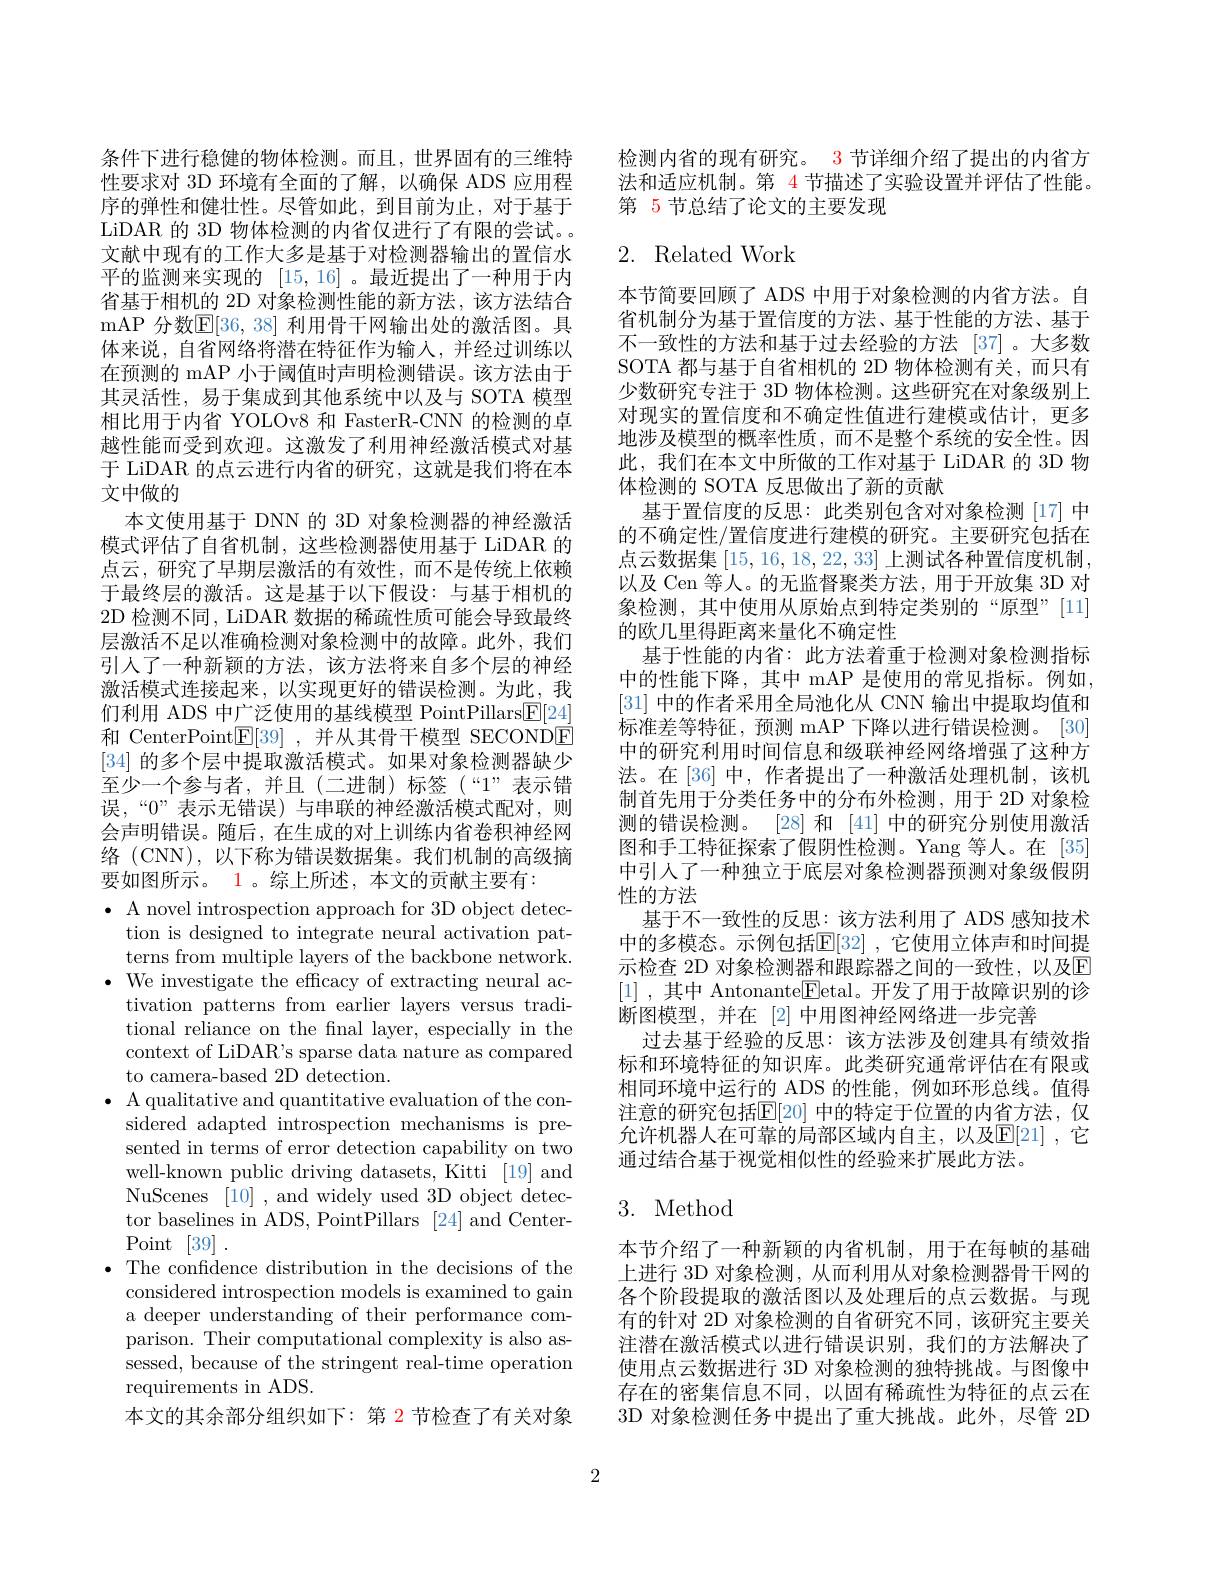
条件下进行稳健的物体检测。而且，世界固有的三维特性要求对 3D 环境有全面的了解，以确保 ADS 应用程序的弹性和健壮性。尽管如此，到目前为止，对于基于LiDAR 的 3D 物体检测的内省仅进行了有限的尝试。文献中现有的工作大多是基于对检测器输出的置信水平的监测来实现的[15,16] 。最近提出了一种用于内省基于相机的 2D 对象检测性能的新方法，该方法结合mAP 分数$\mathbb{E}[36,38]$ 利用骨干网输出处的激活图。具体来说，自省网络将潜在特征作为输入，并经过训练以在预测的 mAP 小于阈值时声明检测错误。该方法由于其灵活性，易于集成到其他系统中以及与 SOTA 模型相比用于内省 YOLOv8 和 FasterR-CNN 的检测的卓越性能而受到欢迎。这激发了利用神经激活模式对基于 LiDAR 的点云进行内省的研究，这就是我们将在本文中做的
本文使用基于 DNN 的 3D 对象检测器的神经激活模式评估了自省机制，这些检测器使用基于 LiDAR 的点云，研究了早期层激活的有效性，而不是传统上依赖于最终层的激活。这是基于以下假设：与基于相机的2D 检测不同，LiDAR 数据的稀疏性质可能会导致最终层激活不足以准确检测对象检测中的故障。此外，我们引人了一种新颖的方法，该方法将来自多个层的神经激活模式连接起来，以实现更好的错误检测。为此，我们利用 ADS 中广泛使用的基线模型 PointPillars$\underline{\mathrm{F}}[24]$ 和 CenterPoint$\boxed{\mathrm{E}}[39]$ ,并从其骨干模型 SECONDÉ [34]的多个层中提取激活模式。如果对象检测器缺少至少一个参与者，并且(二进制)标签(“1”表示错误，“0”表示无错误)与串联的神经激活模式配对，则会声明错误。随后，在生成的对上训练内省卷积神经网络 (CNN), 以下称为错误数据集。我们机制的高级摘要如图所示。1。综上所述，本文的贡献主要有：
$\bullet$ A novel introspection approach for 3D object detec-
tion is designed to integrate neural activation patterns from multiple layers of the backbone network.
$\bullet$ We investigate the efficacy of extracting neural ac-
tivation patterns from earlier layers versus traditional reliance on the final layer, especially in the context of LiDAR's sparse data nature as compared to camera-based 2D detection.
$\bullet$ A qualitative and quantitative evaluation of the con-
sidered adapted introspection mechanisms is presented in terms of error detection capability on two well-known public driving datasets, Kitti [19] and NuScenes [10] , and widely used 3D object detector baselines in ADS, PointPillars [24] and Center- ${\mathrm{Point}}$ [39] .
· The confidence distribution in the decisions of the
considered introspection models is examined to gain a deeper understanding of their performance comparison. Their computational complexity is also assessed, because of the stringent real-time operation requirements in ADS.
本文的其余部分组织如下：第 2 节检查了有关对象

检测内省的现有研究。3 节详细介绍了提出的内省方法和适应机制。第 4 节描述了实验设置并评估了性能。第 5 节总结了论文的主要发现

## 2. Related Work

本节简要回顾了 ADS 中用于对象检测的内省方法。自省机制分为基于置信度的方法、基于性能的方法、基于不一致性的方法和基于过去经验的方法[37]。大多数SOTA 都与基于自省相机的 2D 物体检测有关，而只有少数研究专注于 3D 物体检测。这些研究在对象级别上对现实的置信度和不确定性值进行建模或估计，更多地涉及模型的概率性质，而不是整个系统的安全性。因此，我们在本文中所做的工作对基于 LiDAR 的 3D 物体检测的 SOTA 反思做出了新的贡献
基于置信度的反思：此类别包含对对象检测[17]中的不确定性/置信度进行建模的研究。主要研究包括在点云数据集[15,16,18,22,33]上测试各种置信度机制， 以及 Cen 等人。的无监督聚类方法，用于开放集 3D 对象检测，其中使用从原始点到特定类别的“原型”[11] 的欧几里得距离来量化不确定性
基于性能的内省：此方法着重于检测对象检测指标中的性能下降，其中 mAP 是使用的常见指标。例如， [31]中的作者采用全局池化从 CNN 输出中提取均值和标准差等特征，预测 mAP 下降以进行错误检测。[30] 中的研究利用时间信息和级联神经网络增强了这种方法。在[36]中，作者提出了一种激活处理机制，该机制首先用于分类任务中的分布外检测，用于 2D 对象检测的错误检测。[28] 和 [41] 中的研究分别使用激活图和手工特征探索了假阴性检测。Yang 等人。在[35] 中引人了一种独立于底层对象检测器预测对象级假阴性的方法
基于不一致性的反思：该方法利用了 ADS 感知技术中的多模态。示例包括$\mathbb{E}[32]$ ,它使用立体声和时间提示检查 2D 对象检测器和跟踪器之间的一致性，以及$\overline{\mathrm{E}}$ [1] , 其中 Antonante$\underline{\mathrm{E}}$etal。开发了用于故障识别的诊断图模型，并在[2]中用图神经网络进一步完善
过去基于经验的反思：该方法涉及创建具有绩效指标和环境特征的知识库。此类研究通常评估在有限或相同环境中运行的 ADS 的性能，例如环形总线。值得注意的研究包括$\mathbb{E}[20]$ 中的特定于位置的内省方法，仅允许机器人在可靠的局部区域内自主，以及$\mathbb{E}[21]$ ,它通过结合基于视觉相似性的经验来扩展此方法。

## 3. Method

本节介绍了一种新颖的内省机制，用于在每帧的基础上进行 3D 对象检测，从而利用从对象检测器骨干网的各个阶段提取的激活图以及处理后的点云数据。与现有的针对 2D 对象检测的自省研究不同，该研究主要关注潜在激活模式以进行错误识别，我们的方法解决了使用点云数据进行 3D 对象检测的独特挑战。与图像中存在的密集信息不同，以固有稀疏性为特征的点云在3D 对象检测任务中提出了重大挑战。此外，尽管 2D

2